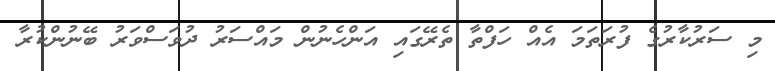
މި ސަރުކާރުގެ ފުރަތަމަ އެއް ހަފްތާ ތެރޭގައި އަންހެނުން މައްސަރު ދުވަސްވަރު ބޭނުންކުރާ